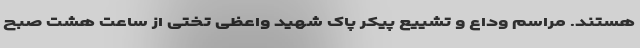
هستند. مراسم وداع و تشییع پیکر پاک شهید واعظی تختی از ساعت هشت صبح